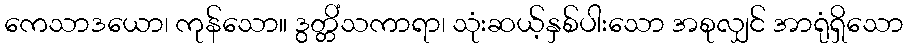
ကေသာဒယော၊ ကုန်သော။ ဒွတ္တိံသကာရာ၊ သုံးဆယ့်နှစ်ပါးသော အစုလျှင် အာရုံရှိသော